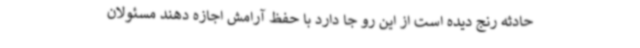
حادثه رنج دیده است از این رو جا دارد با حفظ آرامش اجازه دهند مسئولان